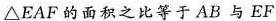
\triangle EAF的面积之比等于AB与EF